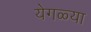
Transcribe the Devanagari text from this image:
येगळ्या